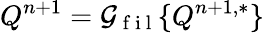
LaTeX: Q^{n+1}=\mathcal{G}_{\mathrm{~f~i~l~}}\{ Q^{n+1,*}\}